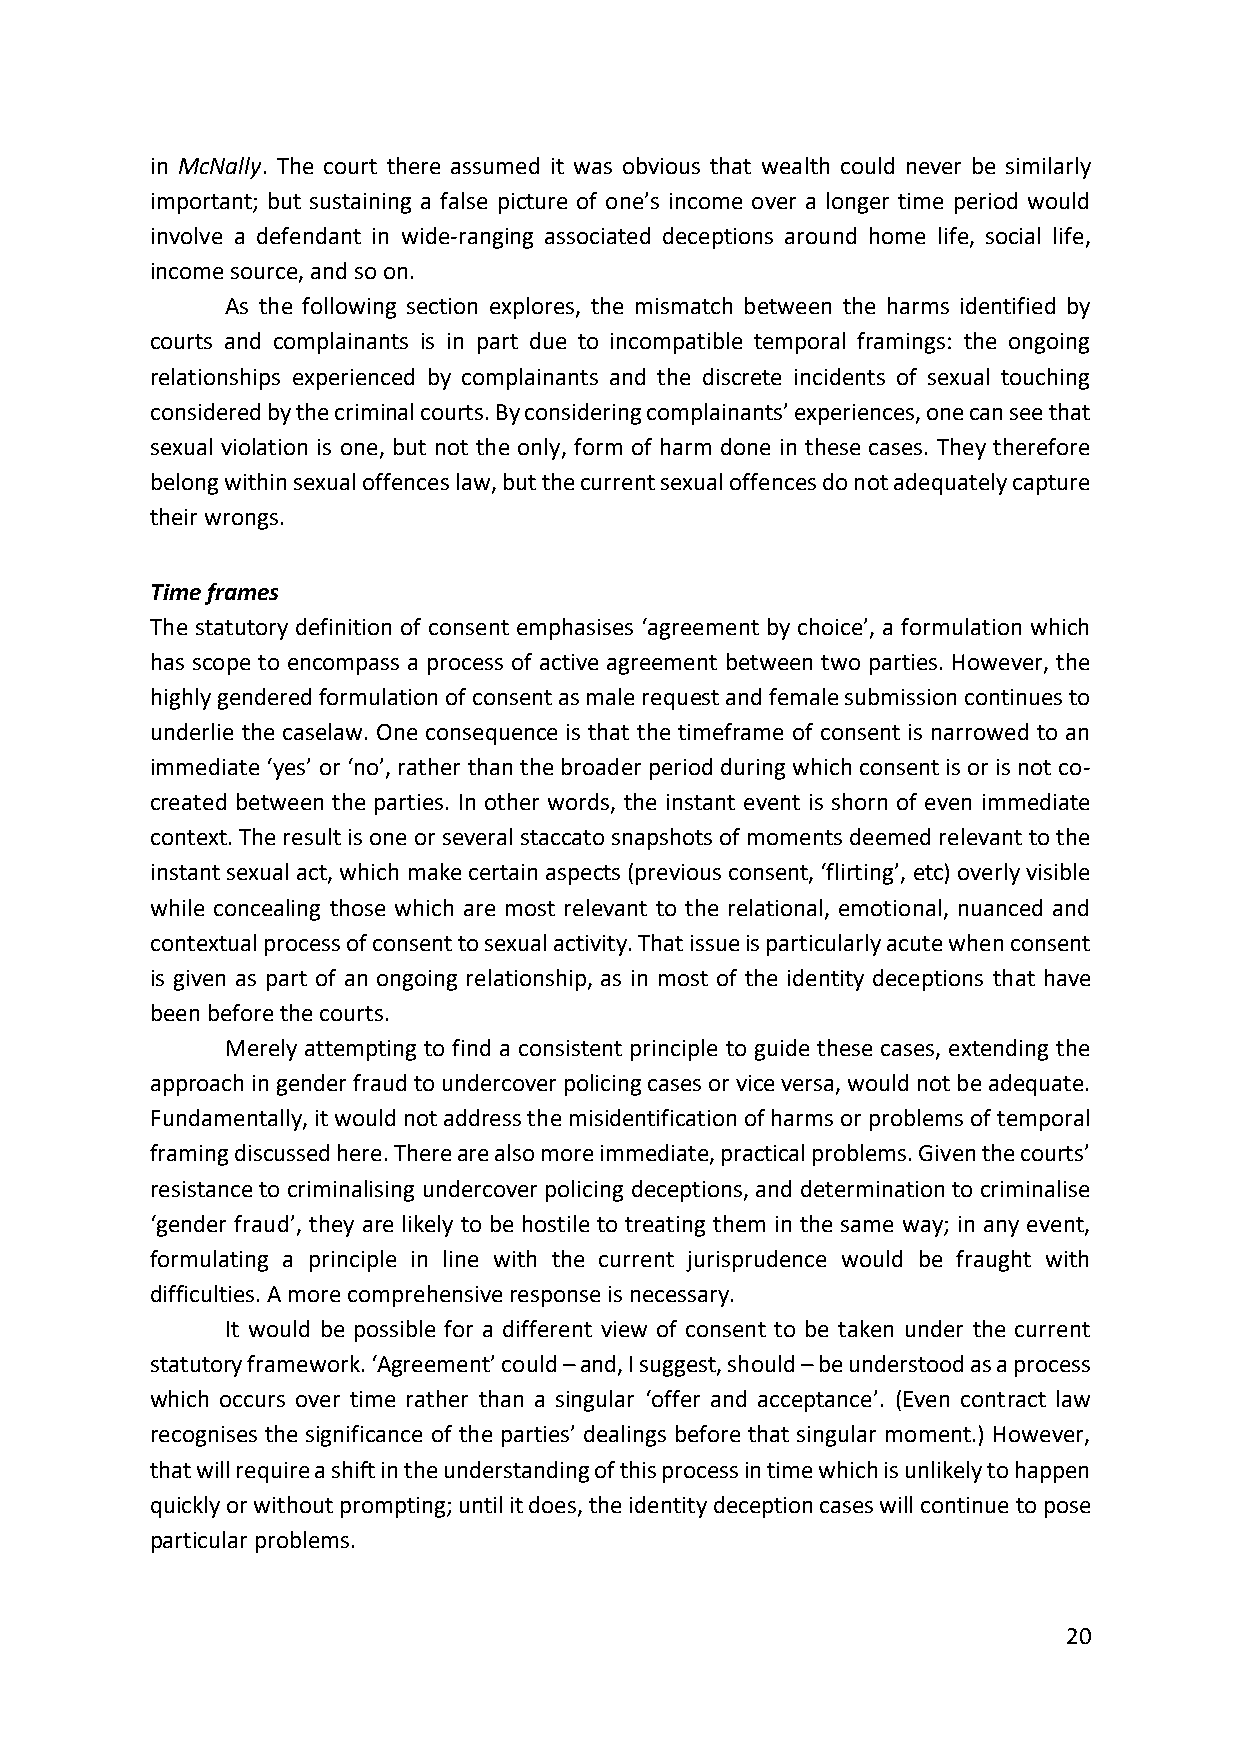
in McNally. The court there assumed it was obvious that wealth could never be similarly
 important; but sustaining a false picture of one’s income over a longer time period would
 involve a defendant in wide-ranging associated deceptions around home life, social life,
 income source, and so on.
 As the following section explores, the mismatch between the harms identified by
 courts and complainants is in part due to incompatible temporal framings: the ongoing
 relationships experienced by complainants and the discrete incidents of sexual touching
 considered by the criminal courts. By considering complainants’ experiences, one can see that
 sexual violation is one, but not the only, form of harm done in these cases. They therefore
 belong within sexual offences law, but the current sexual offences do not adequately capture
 their wrongs.
 Time frames
 The statutory definition of consent emphasises ‘agreement by choice’, a formulation which
 has scope to encompass a process of active agreement between two parties. However, the
 highly gendered formulation of consent as male request and female submission continues to
 underlie the caselaw. One consequence is that the timeframe of consent is narrowed to an
 immediate ‘yes’ or ‘no’, rather than the broader period during which consent is or is not co-
 created between the parties. In other words, the instant event is shorn of even immediate
 context. The result is one or several staccato snapshots of moments deemed relevant to the
 instant sexual act, which make certain aspects (previous consent, ‘flirting’, etc) overly visible
 while concealing those which are most relevant to the relational, emotional, nuanced and
 contextual process of consent to sexual activity. That issue is particularly acute when consent
 is given as part of an ongoing relationship, as in most of the identity deceptions that have
 been before the courts.
 Merely attempting to find a consistent principle to guide these cases, extending the
 approach in gender fraud to undercover policing cases or vice versa, would not be adequate.
 Fundamentally, it would not address the misidentification of harms or problems of temporal
 framing discussed here. There are also more immediate, practical problems. Given the courts’
 resistance to criminalising undercover policing deceptions, and determination to criminalise
 ‘gender fraud’, they are likely to be hostile to treating them in the same way; in any event,
 formulating a principle in line with the current jurisprudence would be fraught with
 difficulties. A more comprehensive response is necessary.
 It would be possible for a different view of consent to be taken under the current
 statutory framework. ‘Agreement’ could – and, I suggest, should – be understood as a process
 which occurs over time rather than a singular ‘offer and acceptance’. (Even contract law
 recognises the significance of the parties’ dealings before that singular moment.) However,
 that will require a shift in the understanding of this process in time which is unlikely to happen
 quickly or without prompting; until it does, the identity deception cases will continue to pose
 particular problems.
 20